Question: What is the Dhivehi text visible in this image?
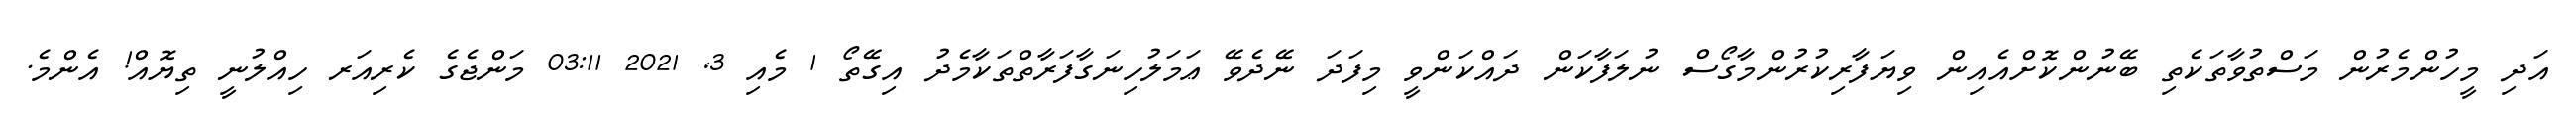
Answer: އަދި މީހުންމެރުން މަސްތުވާތަކެތި ބޭނުންކޮށްއެއިން ވިޔަފާރިކުރުންމާގޯސް ނުލަފާކަން ދައްކަންވީ މިފަދަ ނޭދެވޭ ޢަމަލުހިނަގާފަރާތްތަކާމެދު އިގޭތޯ 1 މެއި 3, 2021 03:11 މަންޖެގެ ކެރިއަރ ހިއްލުނީ ތިޔޮއް! އެންމެ.